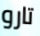
تارو